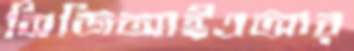
সিজিআইএআর